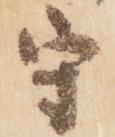
守